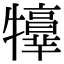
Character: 𤜃